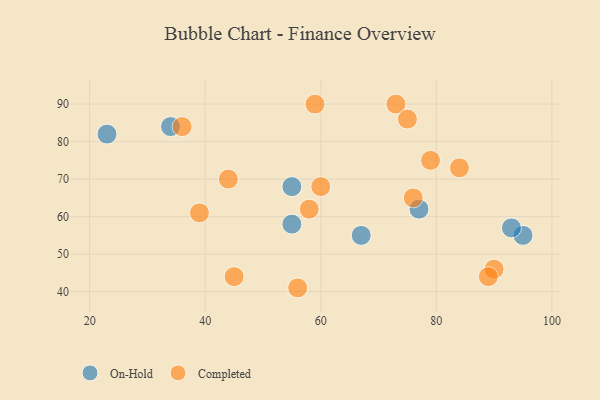
{"axis": {"x": "GDP", "y": "Life Expectancy"}, "legend": ["Completed", "On-Hold"], "data": [{"x": "67", "y": 55, "type": "On-Hold"}, {"x": "55", "y": 58, "type": "On-Hold"}, {"x": "23", "y": 82, "type": "On-Hold"}, {"x": "55", "y": 68, "type": "On-Hold"}, {"x": "77", "y": 62, "type": "On-Hold"}, {"x": "95", "y": 55, "type": "On-Hold"}, {"x": "93", "y": 57, "type": "On-Hold"}, {"x": "34", "y": 84, "type": "On-Hold"}, {"x": "76", "y": 65, "type": "Completed"}, {"x": "44", "y": 70, "type": "Completed"}, {"x": "58", "y": 62, "type": "Completed"}, {"x": "90", "y": 46, "type": "Completed"}, {"x": "60", "y": 68, "type": "Completed"}, {"x": "73", "y": 90, "type": "Completed"}, {"x": "36", "y": 84, "type": "Completed"}, {"x": "75", "y": 86, "type": "Completed"}, {"x": "79", "y": 75, "type": "Completed"}, {"x": "45", "y": 44, "type": "Completed"}, {"x": "39", "y": 61, "type": "Completed"}, {"x": "56", "y": 41, "type": "Completed"}, {"x": "84", "y": 73, "type": "Completed"}, {"x": "59", "y": 90, "type": "Completed"}, {"x": "89", "y": 44, "type": "Completed"}]}